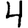
Digit: 4